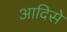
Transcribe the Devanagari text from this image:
आदिसे